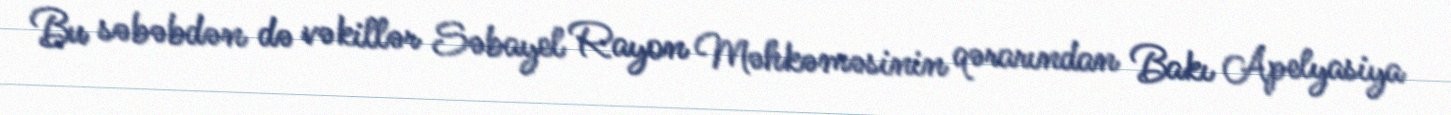
Bu səbəbdən də vəkillər Səbayel Rayon Məhkəməsinin qərarından Bakı Apelyasiya